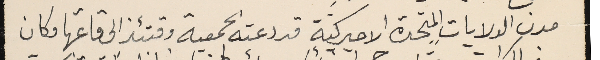
مدن الولايات المتحدة الاميركية قد دعته الجمعية وقتئذ الى قاعتها وكان